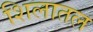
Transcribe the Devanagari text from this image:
शिलातल